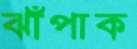
ঝাঁপাক